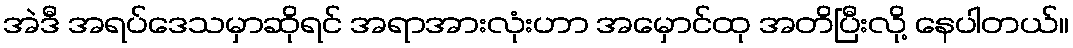
အဲဒီ အရပ်ဒေသမှာဆိုရင် အရာအားလုံးဟာ အမှောင်ထု အတိပြီးလို့ နေပါတယ်။